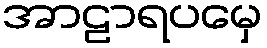
အာဠာရပမှေ